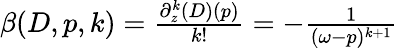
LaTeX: \begin{array}{r}{\beta(D,p,k)=\frac{\partial_{z}^{k}(D)(p)}{k!}=-\frac{1}{(\omega-p)^{k+1}}}\end{array}